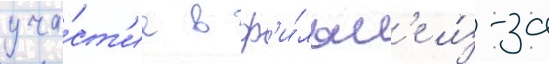
уча́ст'ие в ф'и́льм'е и́з-за